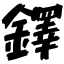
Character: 鐸